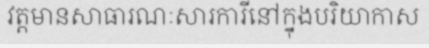
វត្តមានសាធារណៈសារការីនៅក្នុងបរិយាកាស